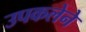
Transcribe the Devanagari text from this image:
उपकलेने